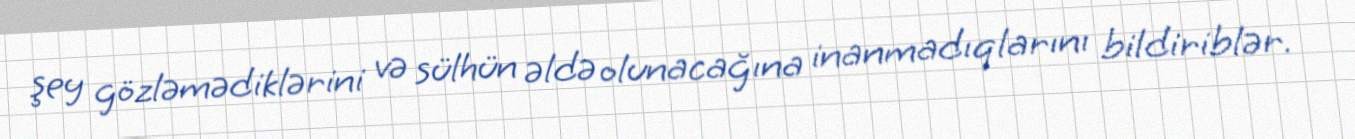
şey gözləmədiklərini və sülhün əldə olunacağına inanmadıqlarını bildiriblər.